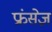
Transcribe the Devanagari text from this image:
फ्रंसेज़